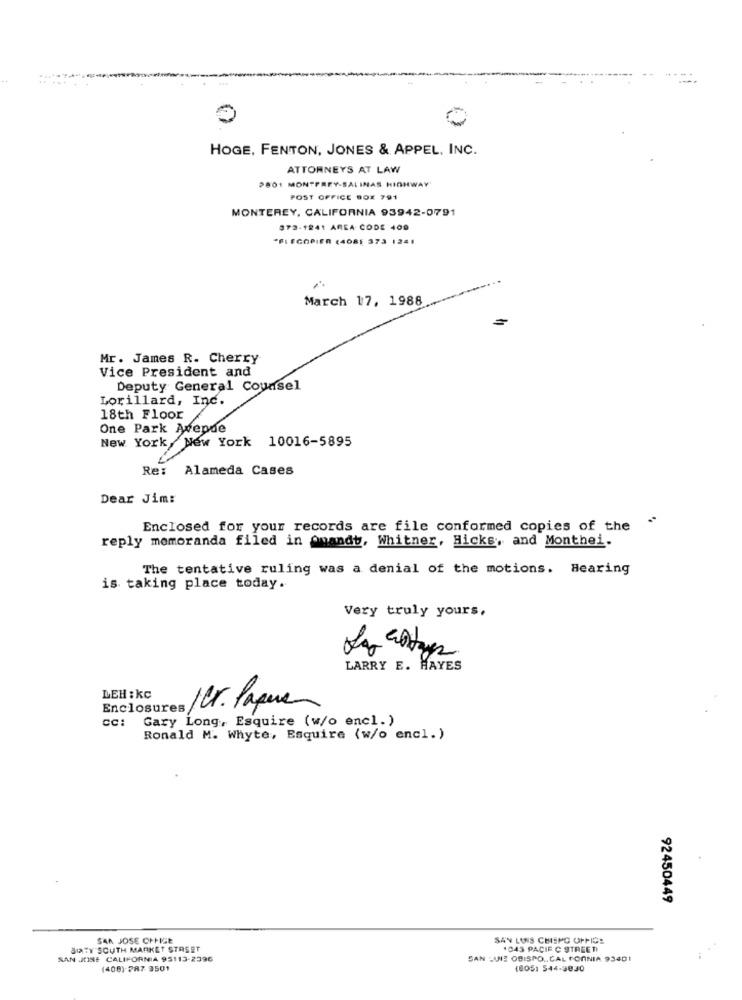
HOGE, FENTON, JONES & APPEL, INC.
ATTORNEYS AT LAW
2801 MON"FREY-SALINAS HIGHWAY'
POST OFFICE BOX 791
MONTEREY, CALIFORNIA 93942-0791
373-1241 AREA CODE 409
*FLECOPIER (4085 373 1241
March 17, 1988
Mr. James R. Cherry
Vice President and
Deputy General Counsel
Lorillard, Inc.
18th Floor
One Park Avenue
New York, New York 10016-5895
Re: Alameda Cases
Dear Jim:
Enclosed for your records are file conformed copies of the
reply memoranda filed in Quandt, Whitner, Hicks, and Monthei.
The tentative ruling was a denial of the motions. Hearing
is taking place today.
Very truly yours.
N
LARRY E. HAYES
LEH : kc
Enclosures
per. Paperen
CC: Gary Long, Esquire (w/o encl.)
Ronald M. Whyte, Esquire (w/o encl.)
92450449
SAN JOSE OFFICE
SAY LOIS CHISPO OFFICE
BITY SOUTH MARKET STREET
1043 PACIF C STREET
SAN JUISE CALIFORNIA 95113-2396
SAN LUIS OBISPO .. CAL FORNIA 93401
(408) 787 9501
(8051 544-3030